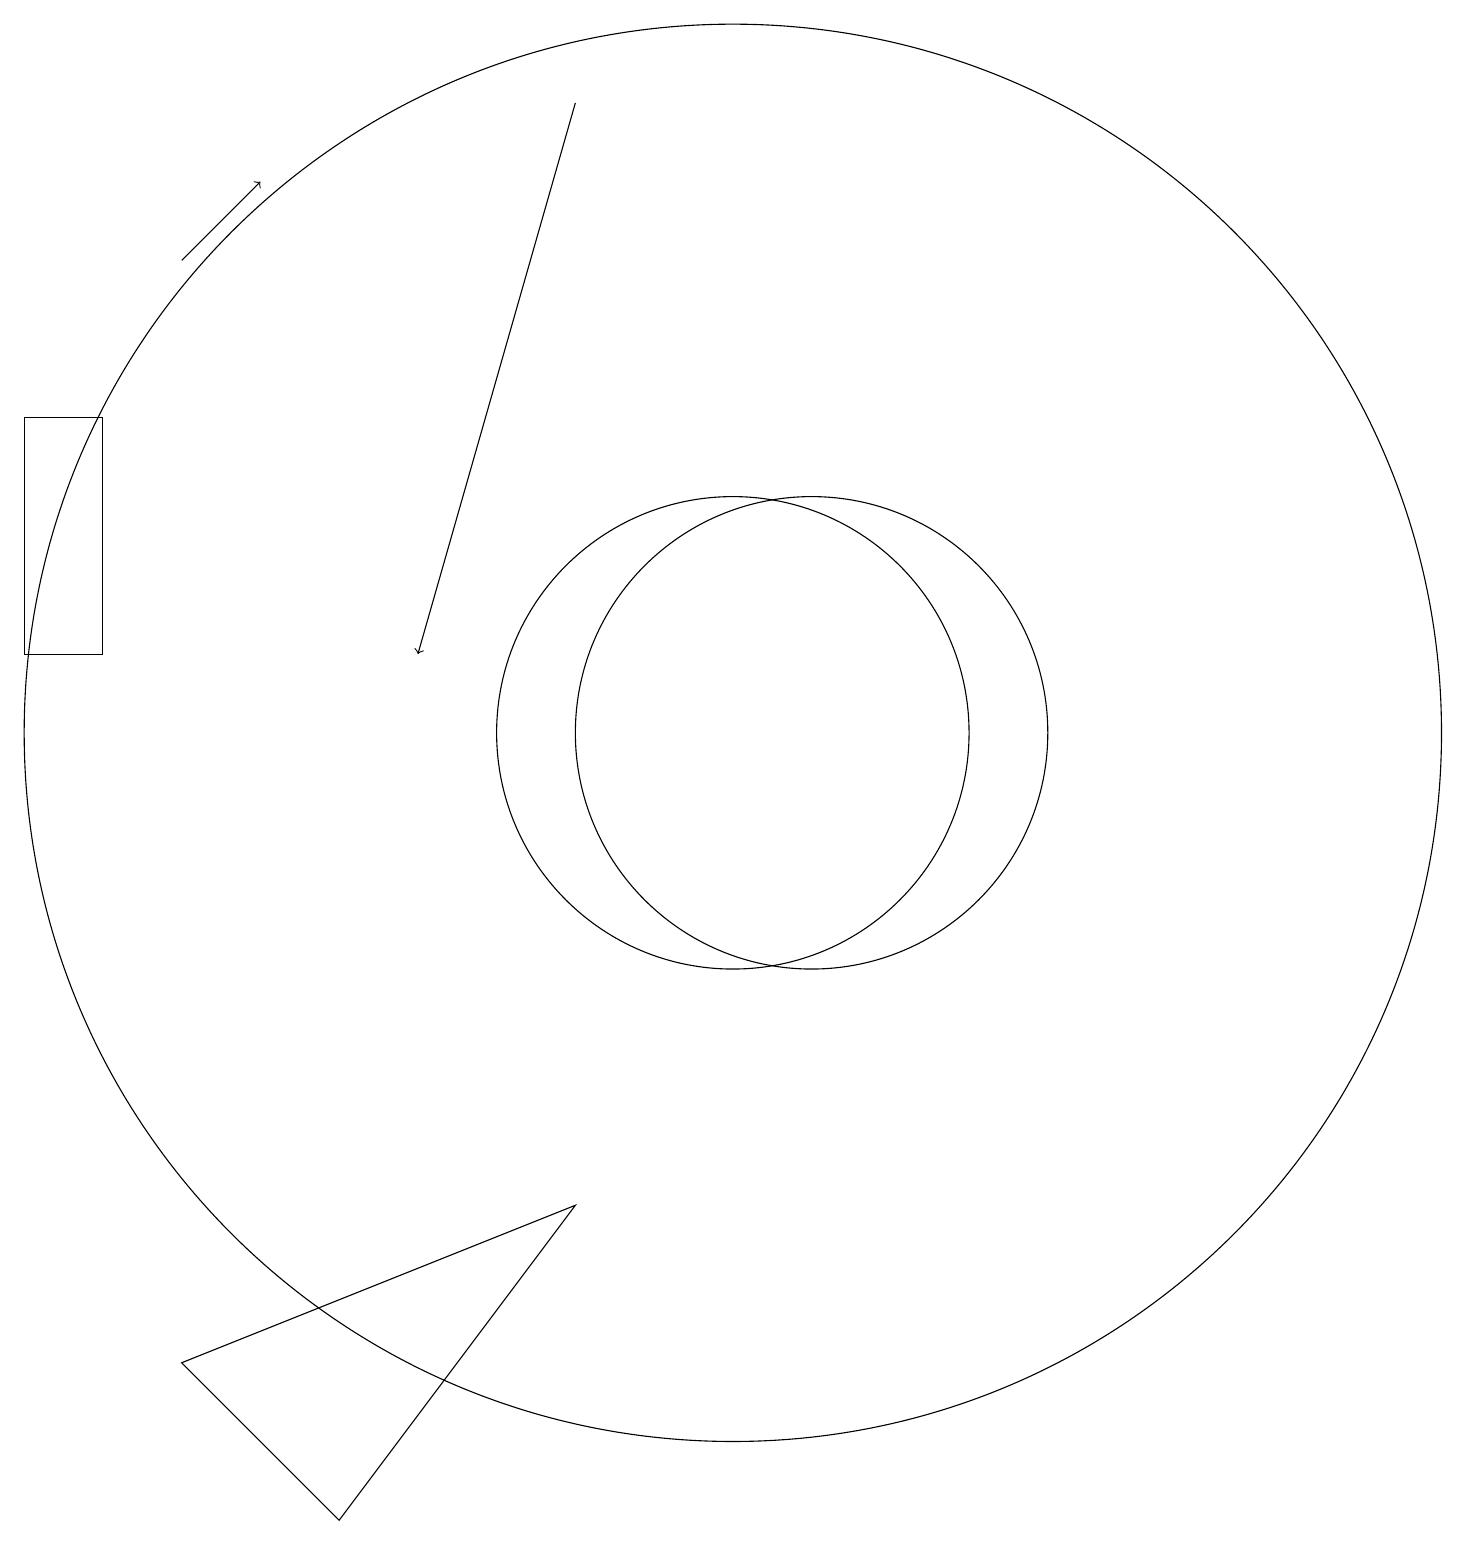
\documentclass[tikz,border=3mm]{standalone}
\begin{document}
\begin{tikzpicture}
\draw (1,12) rectangle (2,15);
\draw[->] (3,17) -- (4,18);
\draw (5,1) -- (8,5) -- (3,3) -- cycle;
\draw (11,11) circle (3);
\draw[->] (8,19) -- (6,12);
\draw (10,11) circle (9);
\draw (10,11) circle (3);
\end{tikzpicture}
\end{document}